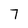
Character: 7